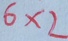
6 \times 2